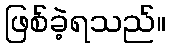
ဖြစ်ခဲ့ရသည်။